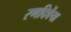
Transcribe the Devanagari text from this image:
रणदिवेंचा